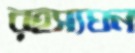
রহস্যঘন